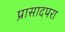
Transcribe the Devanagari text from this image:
प्रासादपरा